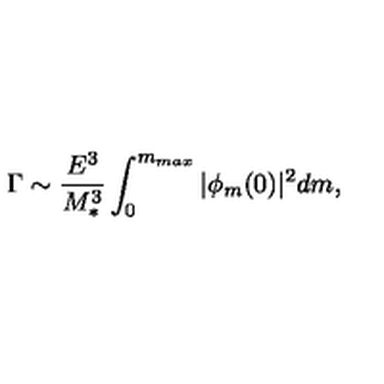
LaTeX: \Gamma \sim { \frac { E ^ { 3 } } { M _ { * } ^ { 3 } } } \int _ { 0 } ^ { m _ { m a x } } | \phi _ { m } ( 0 ) | ^ { 2 } d m ,